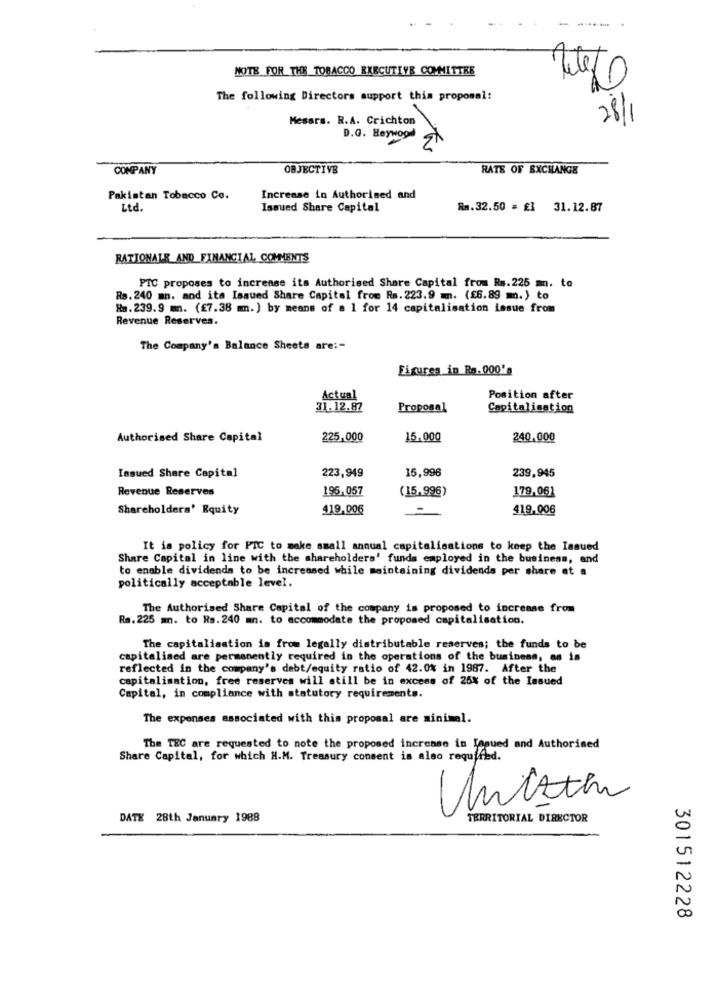
-
NOTE FOR THE TOBACCO EXECUTIVE COMMITTEE
The following Directors support this proposal:
Mesars. R.A. Crichton
28/1
D.G. Heywood
COMPANY
OBJECTIVE
RATE OF EXCHANGE
Pakistan Tobacco Co.
Increase in Authorised and
Ltd.
Issued Share Capital
Ra.32.50 = £1 31.12.87
RATIONALE AND FINANCIAL COMMENTS
PIC proposes to increase its Authorised Share Capital from Rs.225 m. to
Rs. 240 mn. and its Issued Share Capital from Rs. 223.9 m. (£6.89 m.) to
Na.239.9 mm. (£7.38 m.) by means of a 1 for 14 capitalisation issue from
Revenue Reserves.
The Company's Balance Sheets are :-
Figures in Rs.000's
Actual
Position after
31.12.87
Proposal
Capitalisation
Authorised Share Capital
225,000
15.000
240,000
Issued Share Capital
15,996
223,949
239,945
Revenue Reserves
195,057
(15.996)
179,061
Shareholders' Equity
$19.006
419,006
It is policy for PIC to make small annual capitalisations to keep the Issued
Share Capital in line with the shareholders' funds employed in the business, and
to enable dividends to be increased while maintaining dividends per share at a
politically acceptable level.
The Authorised Share Capital of the company is proposed to increase from
Ra. 225 mm. to Rs.240 mn. to accommodate the proposed capitalisation.
The capitalisation is from legally distributable reserves; the funds to be
capitalined are permanently required in the operations of the business, as is
reflected in the company's debt/equity ratio of 42.0% in 1987. After the
capitalisation, free reserves will still be in excess of 25% of the Issued
Capital, in compliance with statutory requirements.
The expenses associated with this proposal are minimal.
The TEC are requested to note the proposed increase in Issued and Authorised
Share Capital, for which H.M. Treasury consent is also requifed.
Unisten
DATE 28th January 1988
TERRITORIAL DIRECTOR
301512228